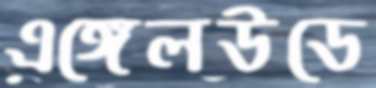
এঙ্গেলউডে